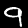
Label: 9